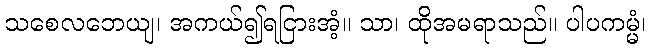
သစေလဘေယျ၊ အကယ်၍ရငြားအံ့။ သာ၊ ထိုအမရာသည်။ ပါပကမ္မံ၊